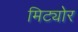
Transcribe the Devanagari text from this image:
मिट्योर